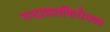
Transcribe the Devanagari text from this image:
नन्दाघ्रातशिरोमध्यः